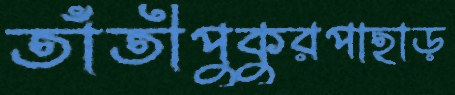
তাঁতীপুকুরপাহাড়